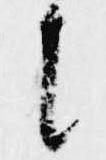
候